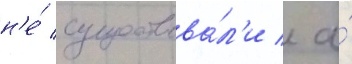
н'е́ существова́л'и / а́